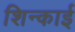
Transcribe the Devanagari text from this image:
शिन्काई